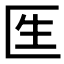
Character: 𠤵